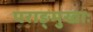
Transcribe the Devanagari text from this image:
पराङ्मुखाः